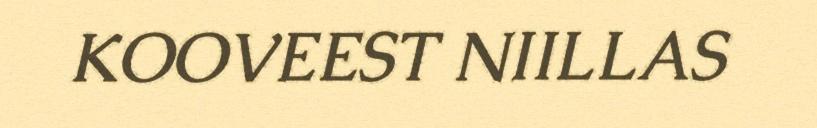
KOOVEEST NIILLAS